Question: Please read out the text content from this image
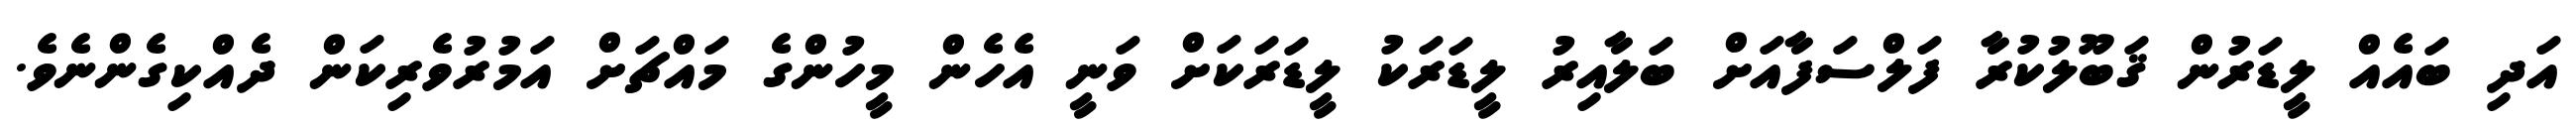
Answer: އަދި ބައެއް ލީޑަރުން ޤަބޫލުކުރާ ފަލްސަފާއަށް ބަލާއިރު ލީޑަރަކު ލީޑަރަކަށް ވަނީ އެހެން މީހުންގެ މައްޗަށް އަމުރުވެރިކަން ދެއްކިގެންނެވެ.